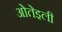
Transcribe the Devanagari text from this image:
ओतेइली